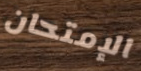
الإمتحان